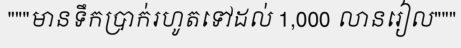
"""មានទឹកប្រាក់រហូតទៅដល់ 1,000 លានរៀល"""